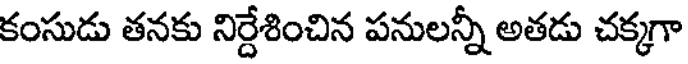
కంసుడు తనకు నిర్దేశించిన పనులన్నీ అతడు చక్కగా